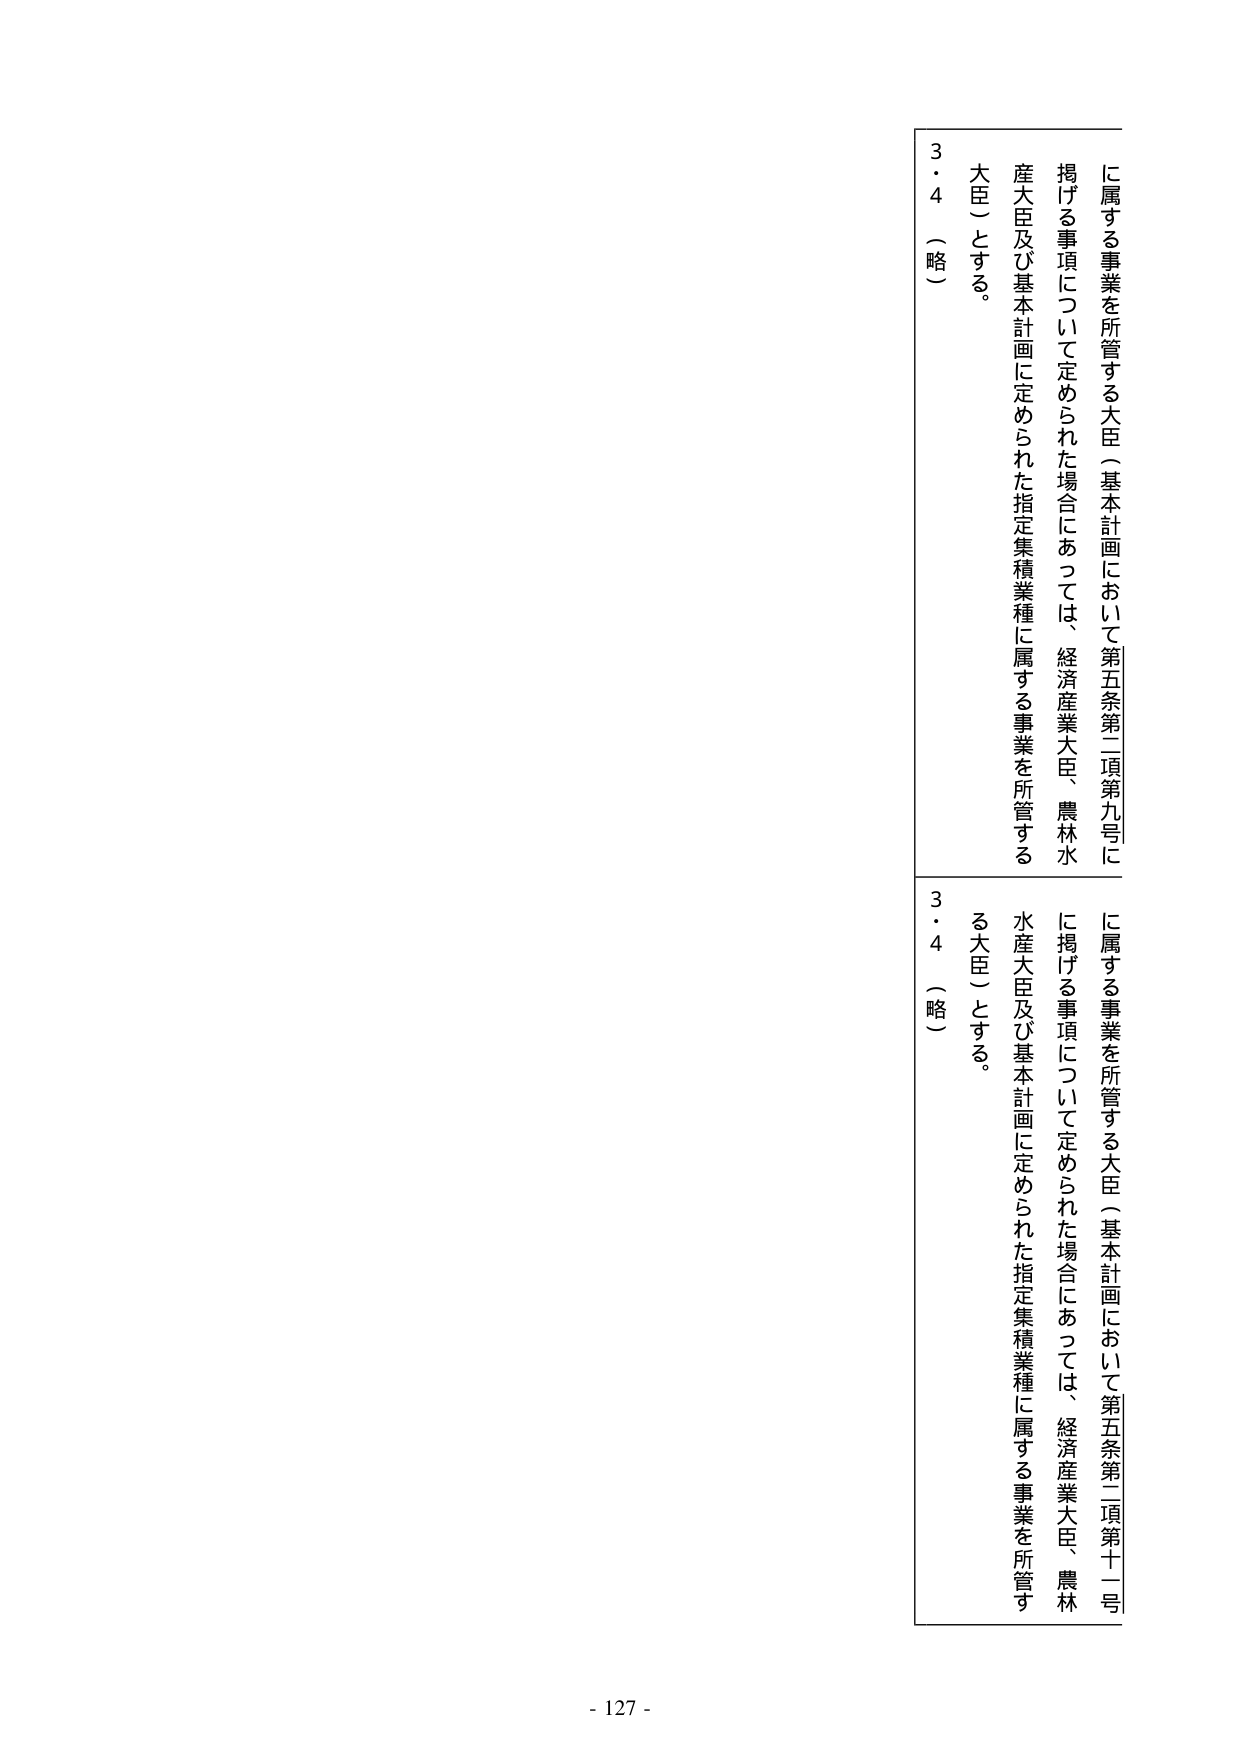
に属する事業を所管する大臣（基本計画において第五条第二項第九号に
掲げる事項について定められた場合にあっては、経済産業大臣、農林水
産大臣及び基本計画に定められた指定集積業種に属する事業を所管する
大臣）とする。
3・4 （略）

に属する事業を所管する大臣（基本計画において第五条第二項第十一号
に掲げる事項について定められた場合にあっては、経済産業大臣、農林
水産大臣及び基本計画に定められた指定集積業種に属する事業を所管す
る大臣）とする。
3・4 （略）

- 127 -